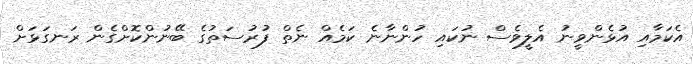
އެކަމާއި އުޅެންވީނު އެލީވެސް ނުކައި ހުންނާނެ ކަމެއް ނެތް ފުރުސަތުގެ ބޭނުންކޮށްގެން ރަނގަޅަށް